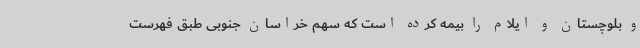
و بلوچستان و ایلام را بیمه کرده است که سهم خراسان جنوبی طبق فهرست